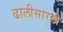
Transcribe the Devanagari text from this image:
ढालीसारखे